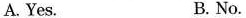
A. Yes. B. No.